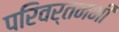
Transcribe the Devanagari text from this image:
परिवर्तनभी